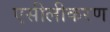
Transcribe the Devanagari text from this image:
एसीलीकरण